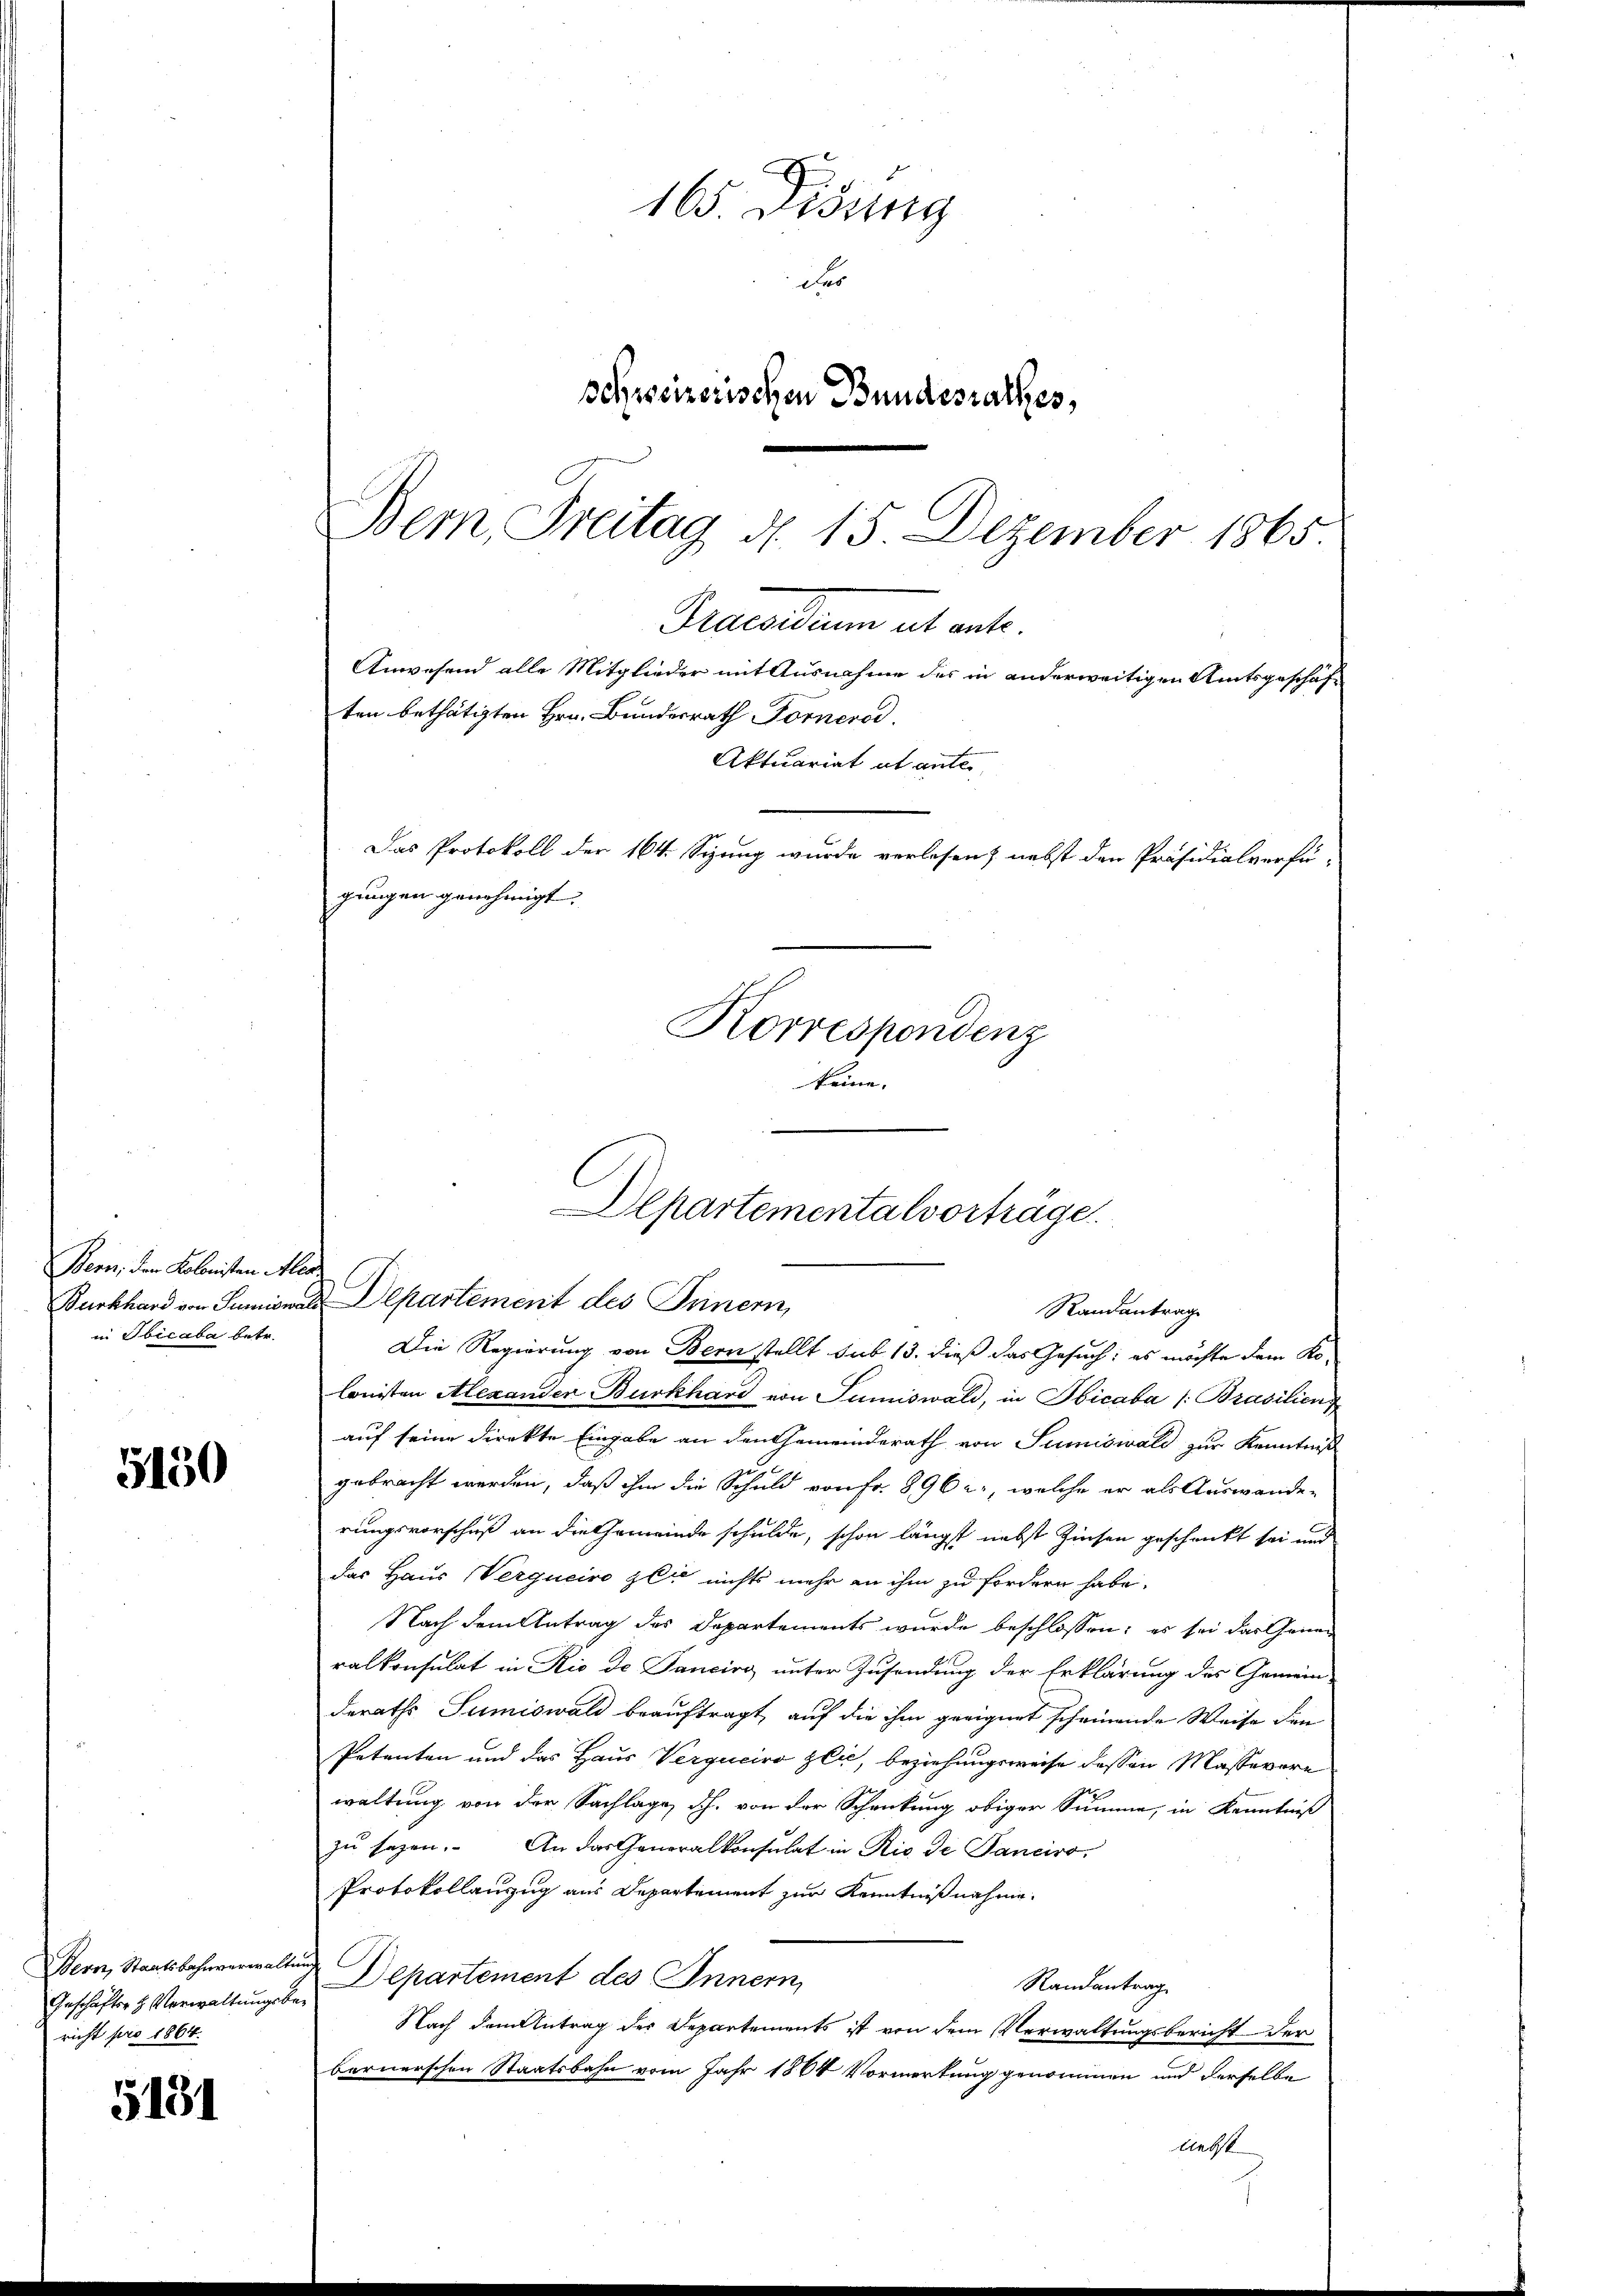
Bern, den Kolonisten lan
in Ibicaba betr.

5150

Bern, Staatsbahnverwalte
Geschäfter h. Verwaltungsbericht pro 1864.

5181

Die Regierung von Bern stellt sub 13. dieß das Gesuch: es möchte dem Kolonisten Alexanden Burkhard von Juniswald, in Obicaba /:Brasilien
auf seine direkte Eingabe an den Gemeinderath von Sumiswald zur Kenntniß
gebracht werden, daß ihm die Schuld von Fr. 896 u., welche er als Auswande-
rungsvorschuß an die Gemeinde schulde, schon längst nebst Zinsen geschenckt sei und
das Haus Werqueiro gli nichts mehr an ihm zu fordern habe.
Nach dem Antrag des Departements wurde beschlossen; es sei das Generalkonsulat in Rio de Tanciro unter Zusendung der Erklärung des Gemein-
deraths Sumiswald beauftragt, auf die ihm geeignet scheinende Weise den
Petenten und das Haus Verguciro zei, beziehungsweise dessen Masserere
waltung von der Sachlage, dh. von der Schenkung obiger Summe, in Kenntniß
zu sagen. An das Generalkonsulat in Rio de Pancirs,
Protokollanzug aus Departement zur Kenntnißnahme.
Departement des Innern,
Randantrag
Nach dem Antrag der Departements ist von dem Verwaltungsbericht der
bernerschen Staatsbahn vom Jahr 1864 Vorwortung genommen und derselbe
liebst

165 Disung
des
schweizerischen Bundesrathes,

Bern, Freitag d. 15. Dezember 1865.
Praesidium hat ante.
Anwesend alle Mitglieder mit Ausnahme des in anderweitigen Amtsgeschäft
ten bethätigten Hrn. Bundesrath Fornerod.
Aktuariat et anter
Das Protokoll der 164. Sizung wurde verlesen, nebst den Präsidialverfü-
gungen genehmigt.
Korrespendenz
keine.

Departementalverträge.
Burkhard von Sumiswald Departement des Innern,
Randantrag